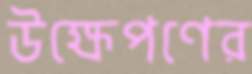
উক্ষেপণের